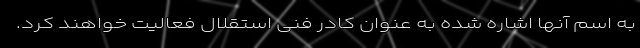
به اسم آنها اشاره شده به عنوان کادر فنی استقلال فعالیت خواهند کرد.